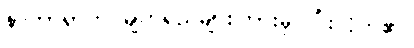
နာတာရှာက မျက်ရည်များကြားမှ ပြုံးလိုက်၏။